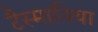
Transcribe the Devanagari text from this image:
टैस्मानिया